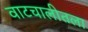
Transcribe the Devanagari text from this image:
वाटचालीतला